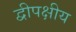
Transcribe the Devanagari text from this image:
द्वीपक्षीय